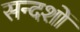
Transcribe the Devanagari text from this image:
सन्दशों